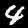
Label: 4